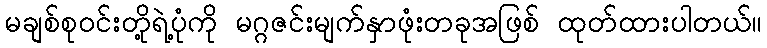
မချစ်စုဝင်းတို့ရဲ့ပုံကို မဂ္ဂဇင်းမျက်နှာဖုံးတခုအဖြစ် ထုတ်ထားပါတယ်။